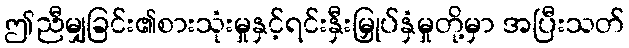
ဤညီမျှခြင်း၏စားသုံးမှုနှင့်ရင်းနှီးမြှုပ်နှံမှုတို့မှာ အပြီးသတ်